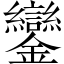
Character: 鑾